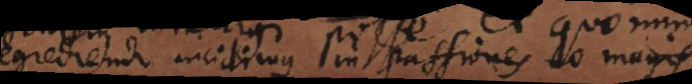
regrediendo incidimus in passiones eo magis